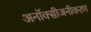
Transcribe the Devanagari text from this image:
अनॉक्सीजनीकरण